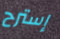
إسترح